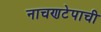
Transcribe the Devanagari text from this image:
नाचणटेपाची